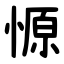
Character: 㥳